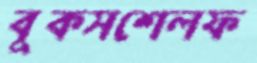
বুকসশেলফ